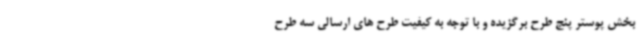
بخش پوستر پنج طرح برگزیده و با توجه به کیفیت طرح های ارسالی سه طرح